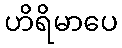
ဟိရိမာပေ